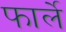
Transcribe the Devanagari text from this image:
फार्ले